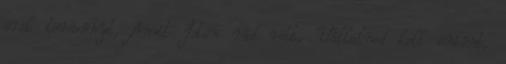
örök törvényt, Amit Isten rád rótt, Vállalnod kell önként,